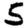
Digit: 5